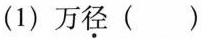
(1)万\underset{·}{径}()